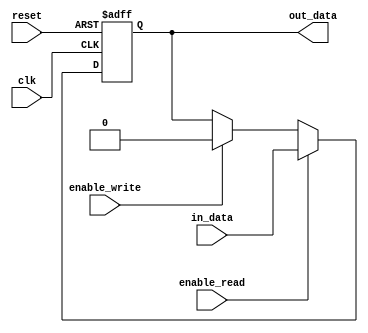
module bidirectional_buffer (
    input wire clk,
    input wire reset,
    input wire in_data,
    input wire enable_read,
    input wire enable_write,
    output reg out_data
);

always @(posedge clk or posedge reset) begin
    if (reset) begin
        out_data <= 0;
    end else begin
        if (enable_read) begin
            out_data <= in_data;
        end else if (enable_write) begin
            out_data <= 1'b0;
        end
    end
end

endmodule